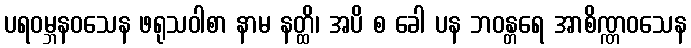
ပရဝမ္ဘနဝသေန ဖရုသဝါစာ နာမ နတ္ထိ၊ အပိ စ ခေါ ပန ဘဝန္တရေ အာစိဏ္ဏဝသေန